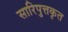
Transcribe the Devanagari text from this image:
सारिपुत्तकृत